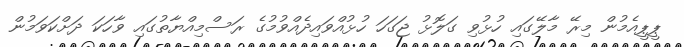
ޕީޕީއެމުން މިރޭ މާލޭގައި ހުޅުވި ގަލޮޅު ޖަގަހަ ހުޅުއްވައިދެއްވުމުގެ ރަސްމިއްޔާތުގައި ވާހަކަ ދަށްކަވަމުން